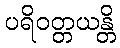
ပရိဝတ္တယန္တိ